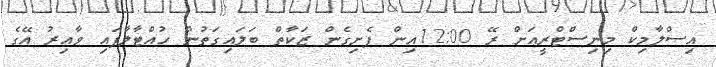
އިސްލާމިކް މިނިސްޓްރީއަށް ރޭ 12:00އިން ފެށިގެން ޒަކާތް ބަލައިގަތުން ހުއްޓާލާފައި ވާއިރު އޭގެ